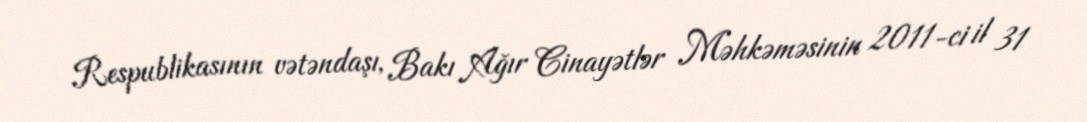
Respublikasının vətəndaşı, Bakı Ağır Cinayətlər Məhkəməsinin 2011-ci il 31